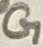
Text: G